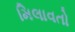
મિલાવતો